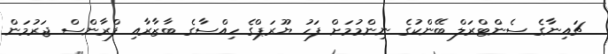
ޗައިނާގެ ސެންޓްރަލް ބޭންކުގެ ނިންމުމަށް ފަހު ޔޫރަޕްގެ ހިއްސާގެ ބާޒާރާއި ފްރާންސް ޖަރުމަން